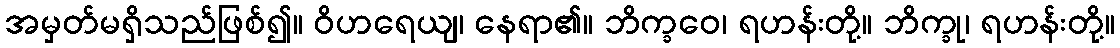
အမှတ်မရှိသည်ဖြစ်၍။ ဝိဟရေယျ၊ နေရာ၏။ ဘိက္ခဝေ၊ ရဟန်းတို့။ ဘိက္ခု၊ ရဟန်းတို့။